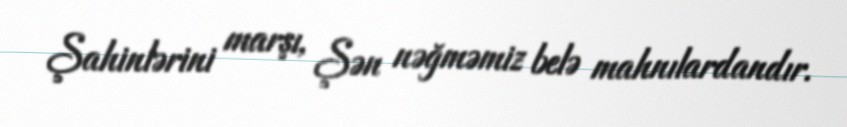
Şahinlərini marşı, Şən nəğməmiz belə mahnılardandır.